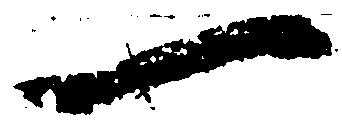
一